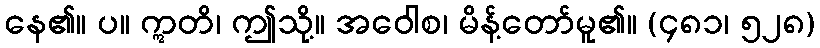
နေ၏။ ပ။ ဣတိ၊ ဤသို့။ အဝေါစ၊ မိန့်တော်မူ၏။ (၄၈၁၊ ၅၂၈)